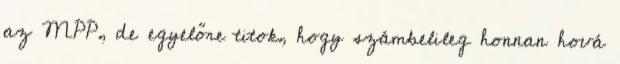
az MPP, de egyelőre titok, hogy számbelileg honnan hová